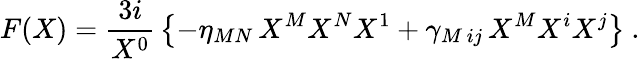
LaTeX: F(X)={\frac{3i}{X^{0}}}\left\{ -\eta_{MN}\, X^{M}X^{N}X^{1}+\gamma_{M\, ij}\, X^{M}X^{i}X^{j}\right\} \ .